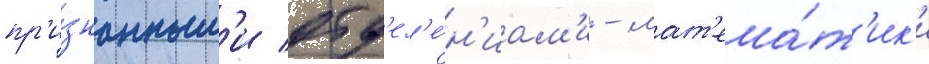
пр'и́знанным'и отд'ел'е́н'иам'и - мат'ема́т'ик'и